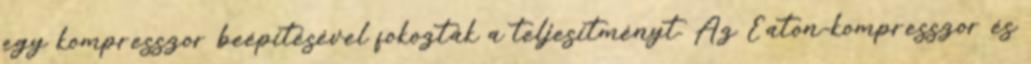
egy kompresszor beépítésével fokozták a teljesítményt. Az Eaton-kompresszor és